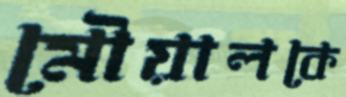
মৌয়ালকে